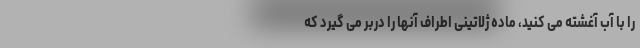
را با آب آغشته می کنید، ماده ژلاتینی اطراف آنها را دربر می گیرد که